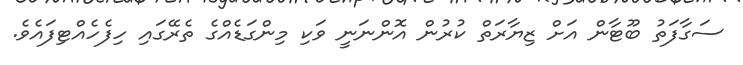
ސަގާފަތު ބޫޓާން އަށް ޒިޔާރަތް ކުރުން އޮންނަނީ ވަކި މިންގަޑެއްގެ ތެރޭގައި ހިފެހެއްޓިފައެވެ.